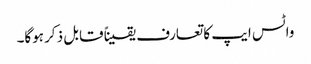
واٹس ایپ کا تعارف یقیناً قابل ذکر ہوگا۔